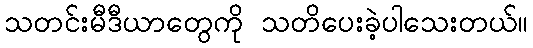
သတင်းမီဒီယာတွေကို သတိပေးခဲ့ပါသေးတယ်။